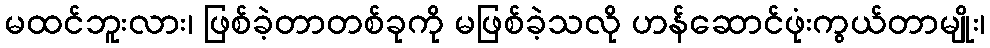
မထင်ဘူးလား၊ ဖြစ်ခဲ့တာတစ်ခုကို မဖြစ်ခဲ့သလို ဟန်ဆောင်ဖုံးကွယ်တာမျိုး၊